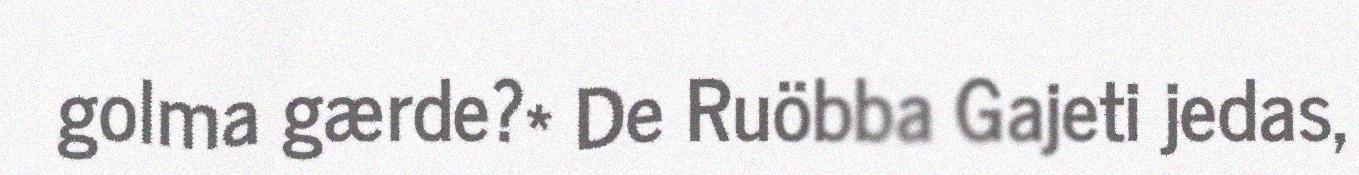
golma gærde?* De Ruöbba Gajeti jedas,